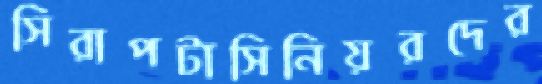
সিরাপটাসিনিয়রদের